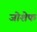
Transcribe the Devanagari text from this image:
जोशेफ